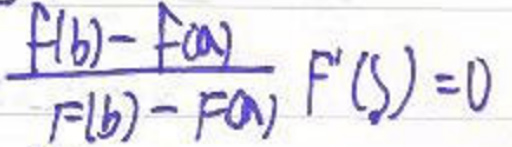
\(\frac{F(b)-F(a)}{F(b)-F(a)}F'(s)=0\)